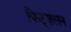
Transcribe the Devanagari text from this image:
फिट्ज़लन